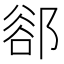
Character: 𨜪